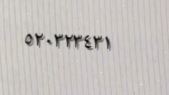
٥٢٠٣٢٣٤٣١